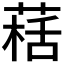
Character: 𱾀